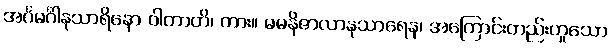
အင်္ဂမင်္ဂါနုသာရိနော ဝါတာတိ၊ ကား။ ဓမနိဇာလာနုသာရေန၊ အကြောင်းတည်းဟူသော